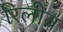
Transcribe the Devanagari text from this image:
रिलीव